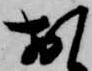
お